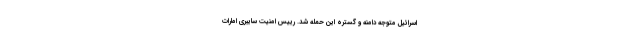
اسرائیل متوجه دامنه و گستره این حمله شد. رییس امنیت سایبری امارات